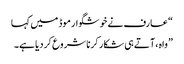
“ عارف نے خوشگوار موڈ میں کہا
” واہ ، آتے ہی شکار کرنا شروع کردیا ہے۔